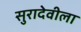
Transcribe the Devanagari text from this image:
सुरादेवीला